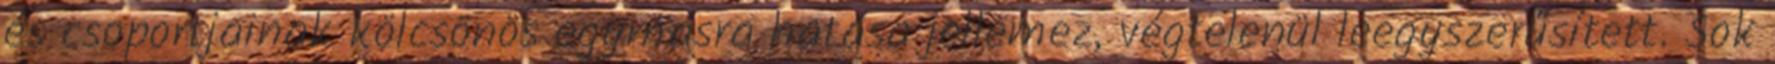
és csoportjainak kölcsönös egymásra hatása jellemez, végtelenül leegyszerűsített. Sok